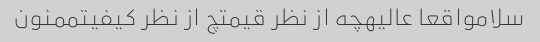
سلامواقعا عالیهچه از نظر قیمتچ از نظر کیفیتممنون